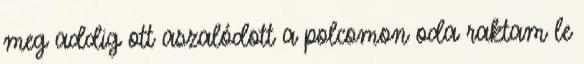
meg addig ott aszalódott a polcomon oda raktam le